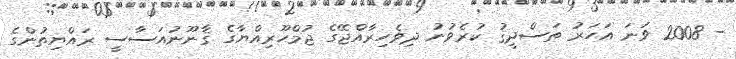
- 2008 ވަނަ އަހަރު ތަސްދީޤު ކުރެވުނު ދިވެހިރާއްޖޭގެ ޖުމްހޫރިއްޔާގެ ޤާނޫނުއަސާސީ ރައްޔިތުންގެ